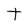
Character: T